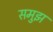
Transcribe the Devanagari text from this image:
समुझ